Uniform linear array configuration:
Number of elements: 48
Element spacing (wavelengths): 0.25
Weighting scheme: kaiser
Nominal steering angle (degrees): -15
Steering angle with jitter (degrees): -13.37
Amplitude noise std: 0.05
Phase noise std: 0.05

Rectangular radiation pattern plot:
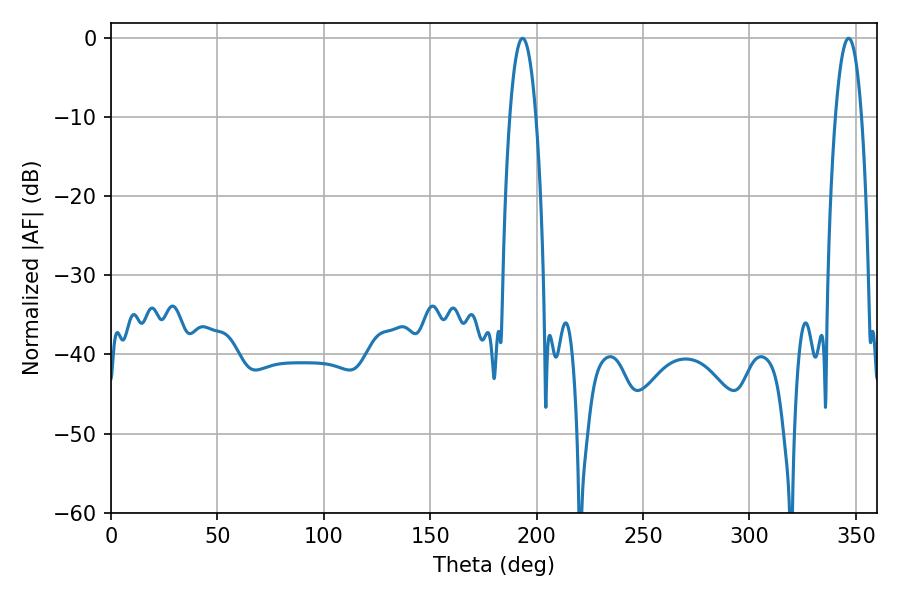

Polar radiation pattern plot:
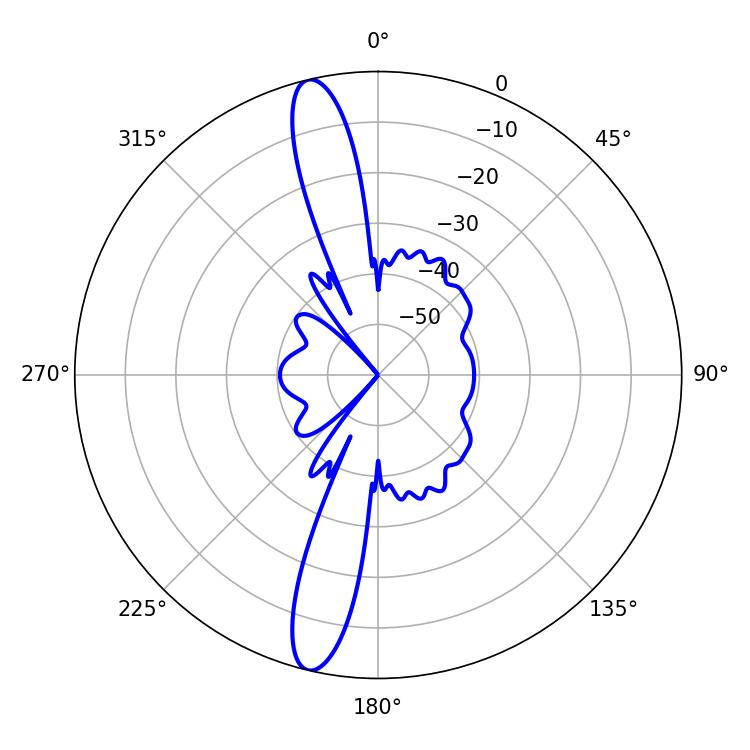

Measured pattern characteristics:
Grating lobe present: FALSE
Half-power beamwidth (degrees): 6.84
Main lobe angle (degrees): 193.32